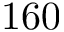
1 6 0